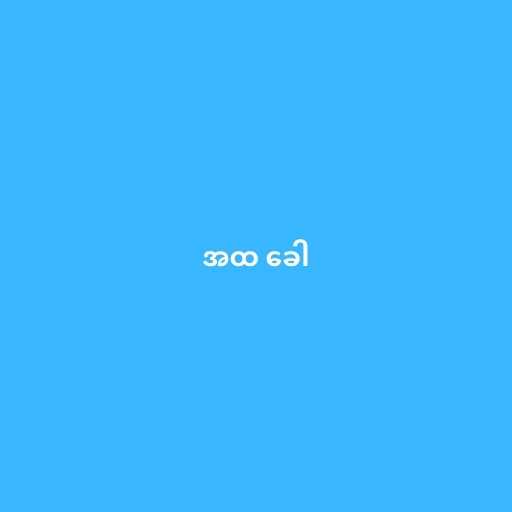
အထ ခေါ